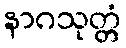
နာဂသုတ္တံ